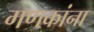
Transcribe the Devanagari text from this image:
गणकांना